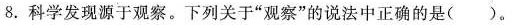
8.科学发现源于观察。下列关于”观察”的说法中正确的是( )。